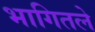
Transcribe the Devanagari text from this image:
भागितले